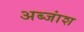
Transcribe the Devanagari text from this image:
अब्जांश